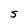
Character: S